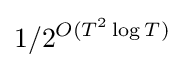
1/2^{O(T^{2}\log T)}